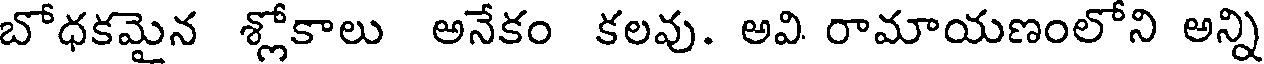
బోధకమైన శ్లోకాలు అనేకం కలవు. అవి రామాయణంలోని అన్ని